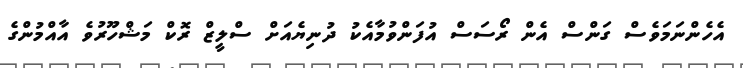
އެހެންނަމަވެސް ގަންސް އެން ރޯސަސް އުފަންވުމާއެކު ދުނިޔެއަށް ސްލީޒް ރޮކް މަޝްހޫރުވެ އާއްމުންގެ